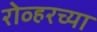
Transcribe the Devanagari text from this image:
रोव्हरच्या